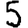
Digit: 5